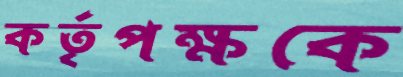
কর্তৃপক্ষকে